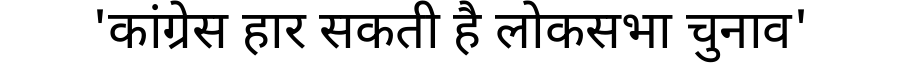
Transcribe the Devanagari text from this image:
'कांग्रेस हार सकती है लोकसभा चुनाव'